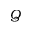
Q